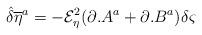
LaTeX: \begin{align*}{\hat{\delta}} {\overline{\eta}} ^{a}=-{\mathcal{E}}_{\eta }^{2}(\partial .A^{a}+\partial .B^{a})\delta \varsigma\end{align*}